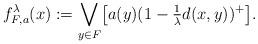
LaTeX: \begin{align*}f_{F,a}^\lambda(x) := \bigvee_{y\in F} \bigl[ a(y) (1 - \mbox{$\frac{1}{\lambda}$}d(x,y))^+\bigr].\end{align*}